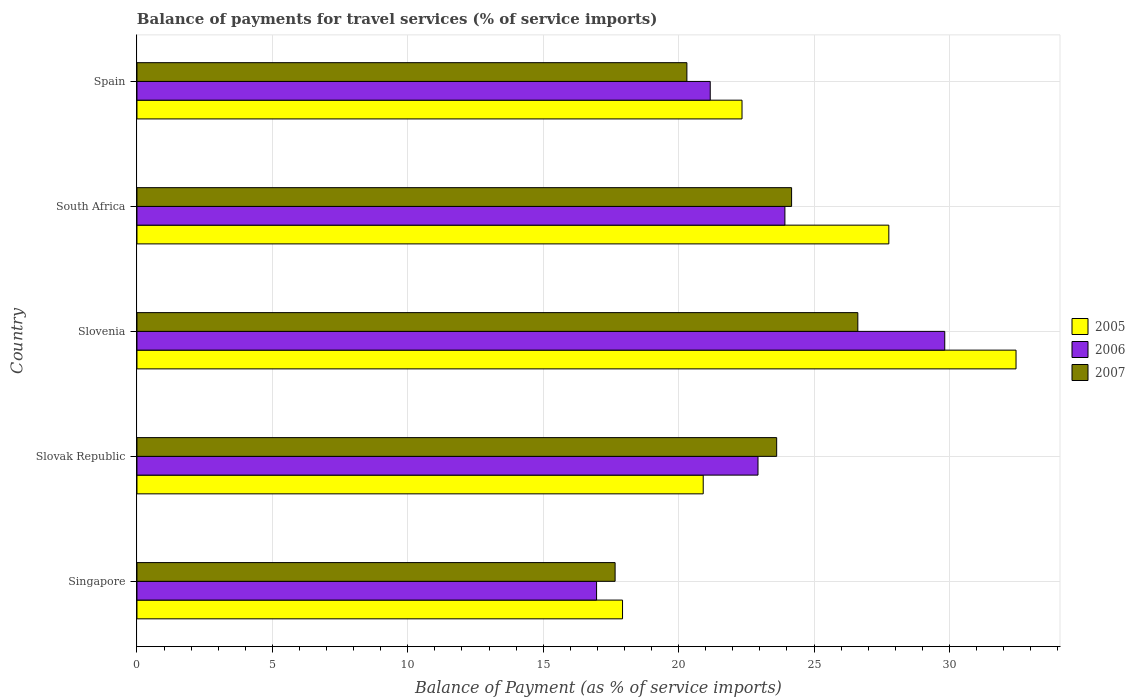
| Country | 2005 | 2006 | 2007 |
 | --- | --- | --- | --- |
 | Singapore | 17.9 | 17 | 17.7 |
 | Slovak Republic | 20.9 | 22.9 | 23.6 |
 | Slovenia | 32.5 | 29.8 | 26.6 |
 | South Africa | 27.8 | 23.9 | 24.2 |
 | Spain | 22.3 | 21.2 | 20.3 |